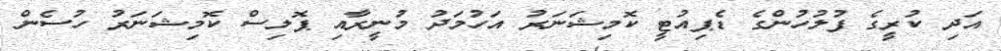
އަދި ކުރީގެ ފުލުހުންގެ ޑެޕިއުޓީ ކޮމިޝަނަރު އަހުމަދު މުނީރާއި ޕޮލިސް ކޮމިޝަނަރު ހުސެން